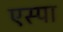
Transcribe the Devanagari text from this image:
एस्पा